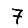
Digit: 7